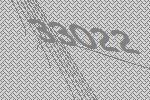
33022